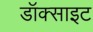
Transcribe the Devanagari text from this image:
डॉक्साइट